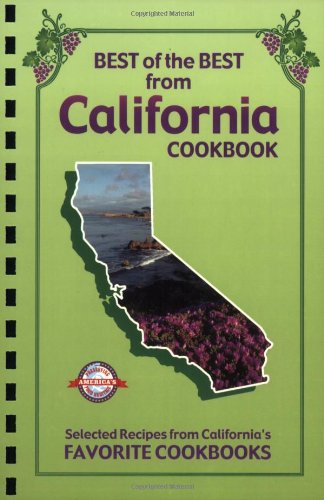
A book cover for Best of the Best from California: Selected Recipes from California's Favorite Cookbooks; Gwen McKee; Cookbooks, Food & Wine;